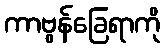
ကာဗွန်ခြေရာကို